Scottish Leaving Certificate Examination, 1961
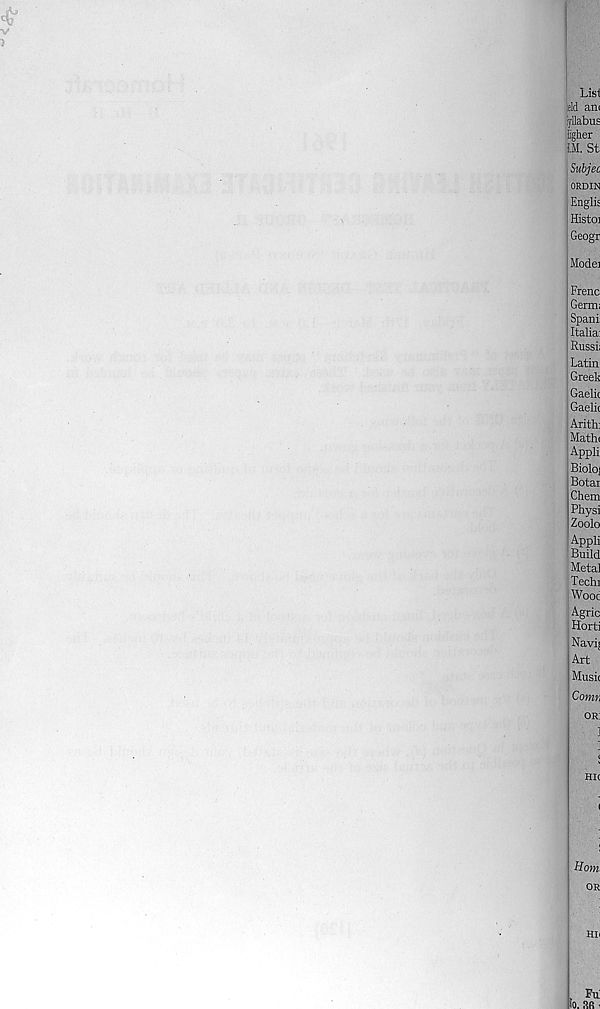
Ltet
tld am
iyllabus
Igher
i,M. St;
Subjec
ORDIN
Englis
Histo]
Geogr
Model
Frenc
Germ;
Spani
Italia
Russi
Latin
Greek
Gaelic
Gaelic
Arith:
Matin
Appli
Bioloj
Botai
Chem
Physi
Zoolo
Appli
Build
Metal
Techi
Wooc
Agric
Horti
Navi;
Art
Music
Comr,
or;
hic
i
Hom.
OR
HU